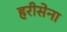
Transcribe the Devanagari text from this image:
हरीसेना